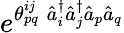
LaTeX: e^{\theta_{pq}^{ij}\; \hat{a}_{i}^{\dagger}\hat{a}_{j}^{\dagger}\hat{a}_{p}\hat{a}_{q}}